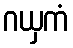
ဂယှကံ